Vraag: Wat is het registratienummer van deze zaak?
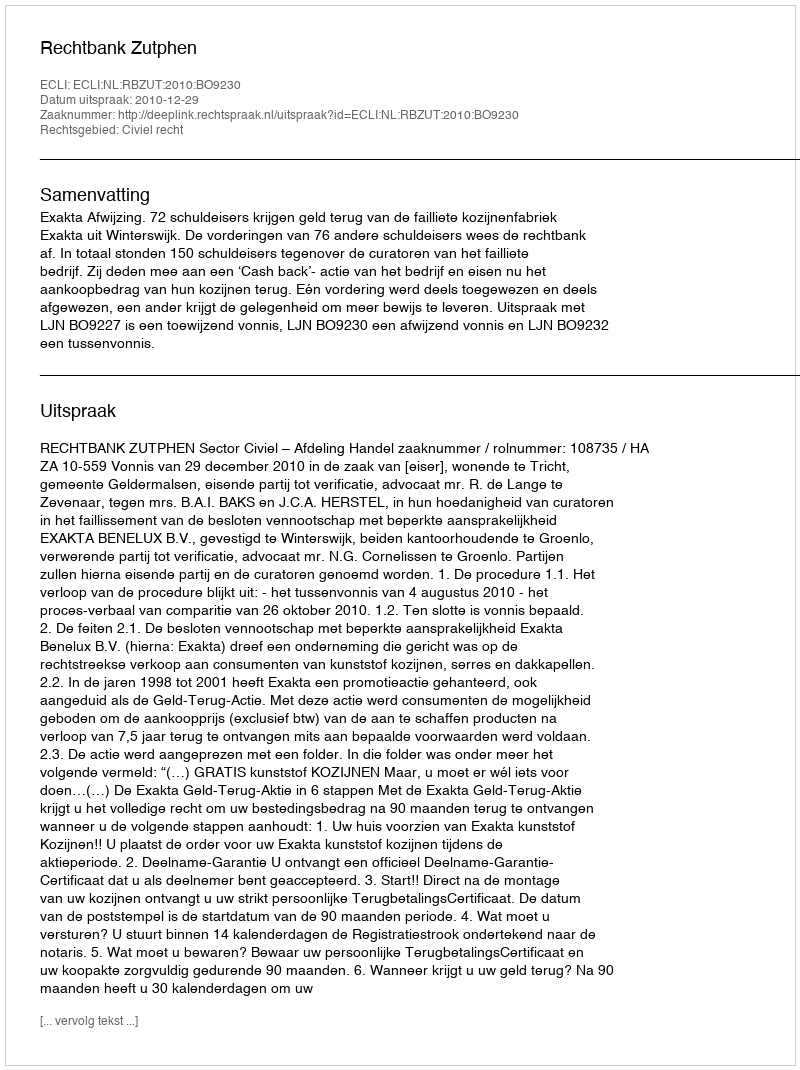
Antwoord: http://deeplink.rechtspraak.nl/uitspraak?id=ECLI:NL:RBZUT:2010:BO9230